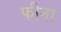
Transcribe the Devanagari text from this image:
फीना